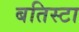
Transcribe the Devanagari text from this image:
बतिस्टा